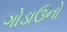
ગોડાઉનો